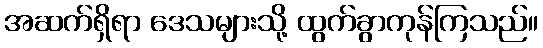
အဆက်ရှိရာ ဒေသများသို့ ထွက်ခွာကုန်ကြသည်။